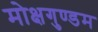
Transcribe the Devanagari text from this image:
मोक्षगुण्डम